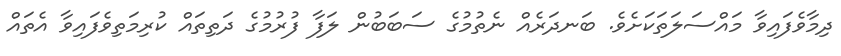
ދިމާވެފައިވާ މައްސަލަތަކަށެވެ. ބަނދަރެއް ނެތުމުގެ ސަބަބުން ލަފާ ފުރުމުގެ ދަތިތައް ކުރިމަތިވެފައިވާ އެތައް